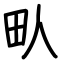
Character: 㽗